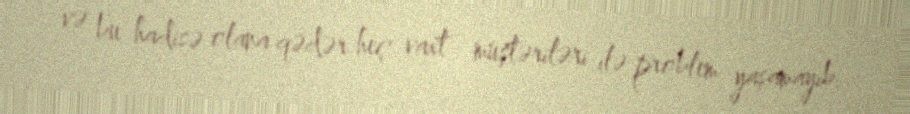
və bu hadisə olana qədər heç vaxt müştəriləri ilə problem yaşamayıb.